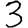
Digit: 3